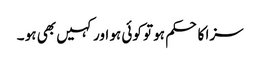
سزا کا حکم ہو تو کوئی ہو اور کہیں بھی ہو ۔